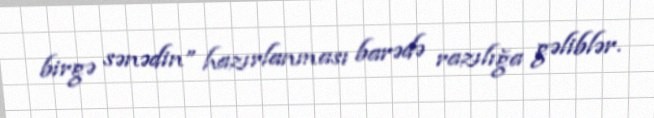
birgə sənədin” hazırlanması barədə razılığa gəliblər.